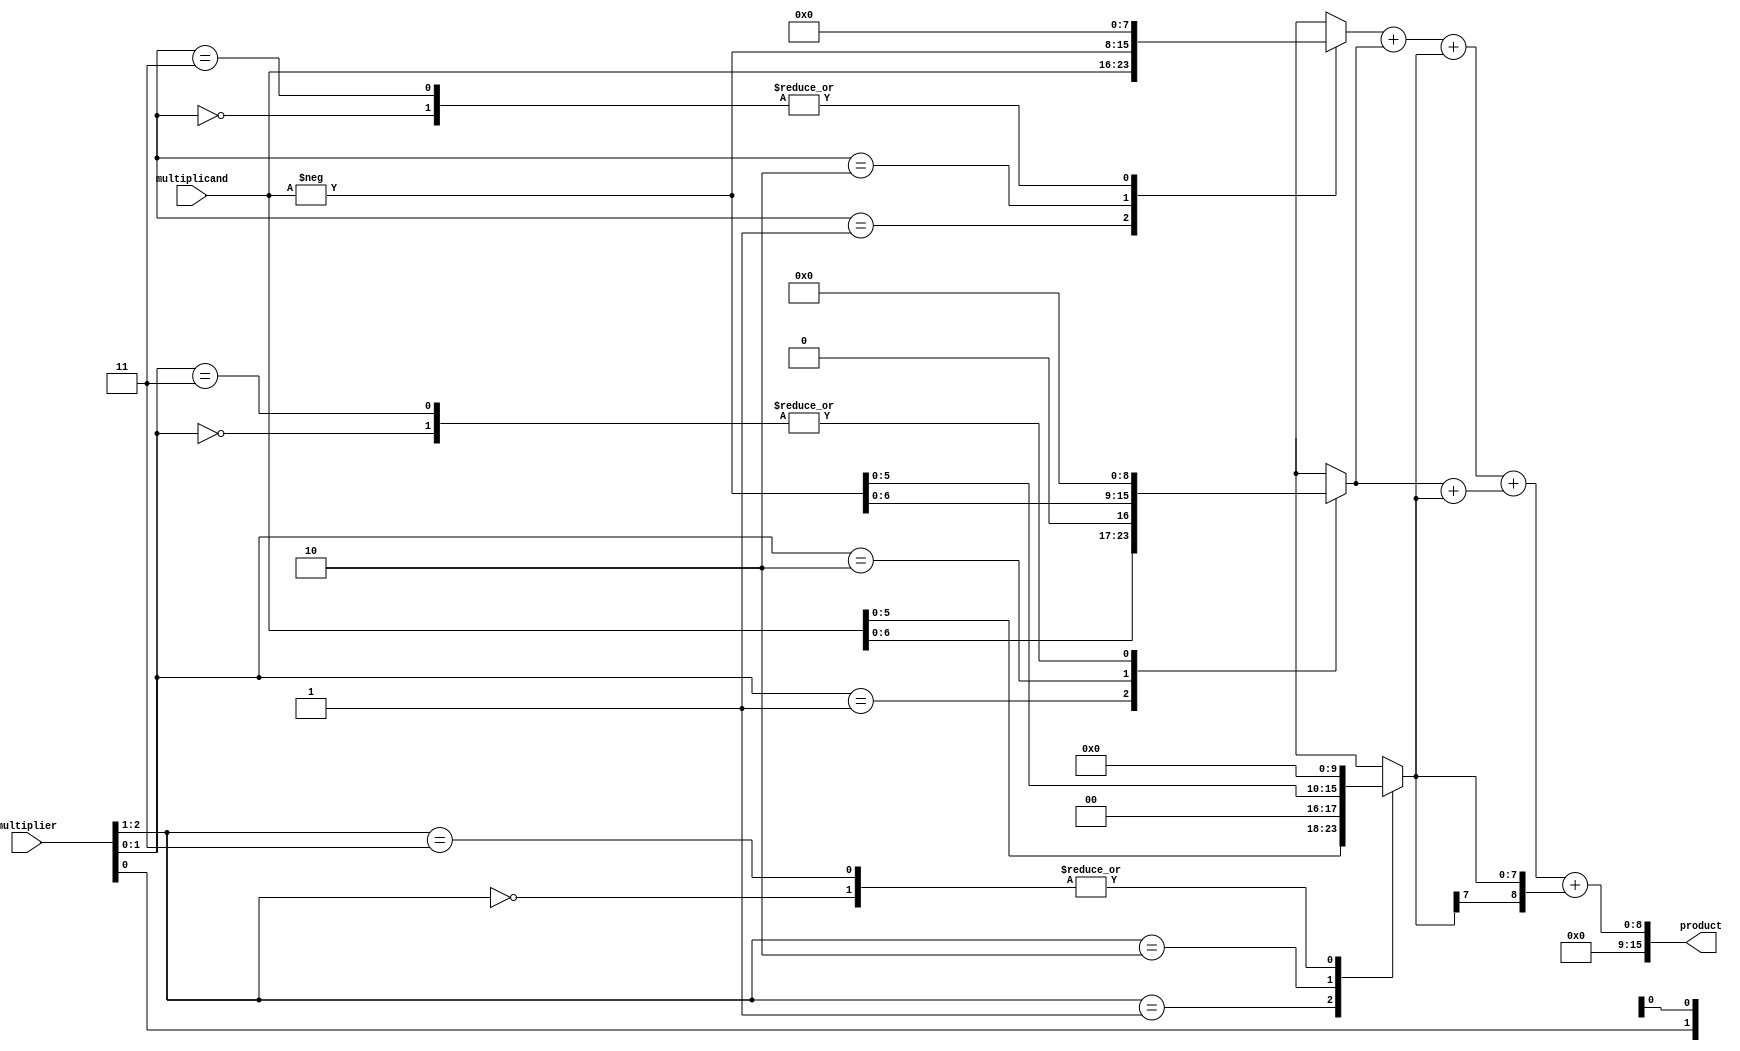
module BoothWallaceMultiplier #(
    parameter WIDTH = 8 // Bit width of the input numbers
) (
    input signed [WIDTH-1:0] multiplicand,
    input signed [WIDTH-1:0] multiplier,
    output signed [(2*WIDTH)-1:0] product
);
    reg signed [WIDTH-1:0] pp [0:WIDTH]; // Partial products
    wire [WIDTH:0] sum [0:WIDTH]; // Intermediate sums for Wallace tree
    wire [WIDTH:0] final_sum; // Final sum output
    wire carry_out;

    // Booth Encoding
    reg [1:0] booth_code;
    integer i;

    always @(*) begin
        for (i = 0; i < WIDTH; i = i + 1) begin
            case ({multiplier[i], multiplier[i-1]})
                2'b00: begin
                    pp[i] = 0;
                end
                2'b01: begin
                    pp[i] = multiplicand << i; // Shift left by i
                end
                2'b10: begin
                    pp[i] = -multiplicand << i; // Shift left by i and negate
                end
                2'b11: begin
                    pp[i] = 0;
                end
                default: pp[i] = 0;
            endcase
        end
    end

    // Wallace Tree Reduction
    generate
        genvar j;
        for (j = 0; j < WIDTH; j = j + 1) begin: wallace_tree
            // Grouping and reduction of partial products
            // This is a simplified Wallace tree structure for demonstration.
            if (j % 3 == 0 && j + 2 < WIDTH) begin
                // Full adder for three bits
                assign sum[j] = pp[j] + pp[j+1] + pp[j+2];
            end else if (j % 3 == 1 && j + 1 < WIDTH) begin
                // Half adder
                assign sum[j] = pp[j] + pp[j+1];
            end else if (j % 3 == 2) begin
                assign sum[j] = pp[j];
            end
        end
    endgenerate

    // Final Reduction (Example: Simple adder)
    assign final_sum = sum[0] + sum[1] + sum[2]; // Further combine as needed.

    // Final product assignment
    assign product = final_sum;

endmodule